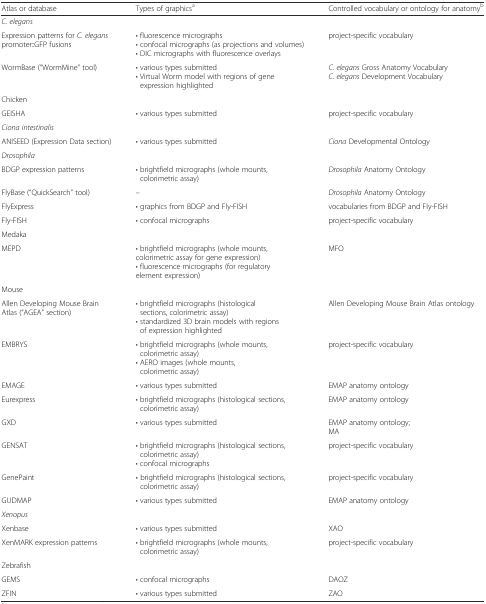
<table><thead><tr><td><b>Atlas or database</b></td><td><b>Types of graphics<sup>a</sup></b></td><td><b>Controlled vocabulary or ontology for anatomy<sup>b</sup></b></td></tr></thead><tbody><tr><td colspan="3"><i>C. elegans</i></td></tr><tr><td>Expression patterns for <i>C. elegans</i> promoter::GFP fusions</td><td>• fluorescence micrographs• confocal micrographs (as projections and volumes)• DIC micrographs with fluorescence overlays</td><td>project-specific vocabulary</td></tr><tr><td>WormBase (“WormMine” tool)</td><td>• various types submitted• Virtual Worm model with regions of gene expression highlighted</td><td><i>C. elegans</i> Gross Anatomy Vocabulary<i>C. elegans</i> Development Vocabulary</td></tr><tr><td colspan="3">Chicken</td></tr><tr><td>GEISHA</td><td>• various types submitted</td><td>project-specific vocabulary</td></tr><tr><td colspan="3"><i>Ciona intestinalis</i></td></tr><tr><td>ANISEED (Expression Data section)</td><td>• various types submitted</td><td><i>Ciona</i> Developmental Ontology</td></tr><tr><td colspan="3"><i>Drosophila</i></td></tr><tr><td>BDGP expression patterns</td><td>• brightfield micrographs (whole mounts, colorimetric assay)</td><td><i>Drosophila</i> Anatomy Ontology</td></tr><tr><td>FlyBase (“QuickSearch” tool)</td><td>–</td><td><i>Drosophila</i> Anatomy Ontology</td></tr><tr><td>FlyExpress</td><td>• graphics from BDGP and Fly-FISH</td><td>vocabularies from BDGP and Fly-FISH</td></tr><tr><td>Fly-FISH</td><td>• confocal micrographs</td><td>project-specific vocabulary</td></tr><tr><td colspan="3">Medaka</td></tr><tr><td>MEPD</td><td>• brightfield micrographs (whole mounts, colorimetric assay for gene expression)• fluorescence micrographs (for regulatory element expression)</td><td>MFO</td></tr><tr><td colspan="3">Mouse</td></tr><tr><td>Allen Developing Mouse Brain Atlas (“AGEA” section)</td><td>• brightfield micrographs (histological sections, colorimetric assay)• standardized 3D brain models with regions of expression highlighted</td><td>Allen Developing Mouse Brain Atlas ontology</td></tr><tr><td>EMBRYS</td><td>• brightfield micrographs (whole mounts, colorimetric assay)• AERO images (whole mounts, colorimetric assay)</td><td>project-specific vocabulary</td></tr><tr><td>EMAGE</td><td>• various types submitted</td><td>EMAP anatomy ontology</td></tr><tr><td>Eurexpress</td><td>• brightfield micrographs (histological sections, colorimetric assay)</td><td>EMAP anatomy ontology</td></tr><tr><td>GXD</td><td>• various types submitted</td><td>EMAP anatomy ontology;MA</td></tr><tr><td>GENSAT</td><td>• brightfield micrographs (histological sections, colorimetric assay)• confocal micrographs</td><td>project-specific vocabulary</td></tr><tr><td>GenePaint</td><td>• brightfield micrographs (histological sections, colorimetric assay)</td><td>project-specific vocabulary</td></tr><tr><td>GUDMAP</td><td>• various types submitted</td><td>EMAP anatomy ontology</td></tr><tr><td colspan="3"><i>Xenopus</i></td></tr><tr><td>Xenbase</td><td>• various types submitted</td><td>XAO</td></tr><tr><td>XenMARK expression patterns</td><td>• brightfield micrographs (whole mounts, colorimetric assay)</td><td>project-specific vocabulary</td></tr><tr><td colspan="3">Zebrafish</td></tr><tr><td>GEMS</td><td>• confocal micrographs</td><td>DAOZ</td></tr><tr><td>ZFIN</td><td>• various types submitted</td><td>ZAO</td></tr></tbody></table>